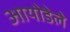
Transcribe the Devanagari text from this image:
आयोडेले